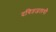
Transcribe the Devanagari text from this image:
दयितजलधौ